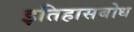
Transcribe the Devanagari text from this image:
इतिहासबोध